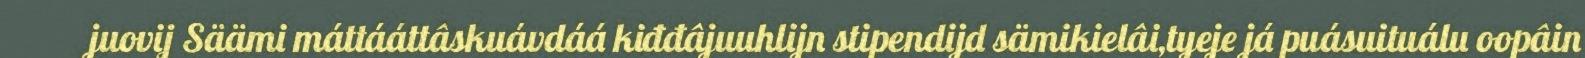
juovij Säämi máttááttâskuávdáá kiđđâjuuhlijn stipendijd sämikielâi,tyeje já puásuituálu oopâin